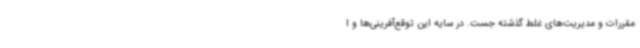
مقررات و مدیریت‌های غلط گذشته جست. در سایه این توقع‌آفرینی‌ها و ا